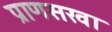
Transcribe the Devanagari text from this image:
प्राणसखा